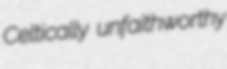
Celtically unfaithworthy